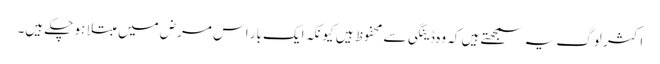
اکثر لوگ یہ سمجھتے ہیں کہ وہ ڈینگی سے محفوظ ہیں کیونکہ ایک بار اس مرض میں مبتلا ہو چکے ہیں۔